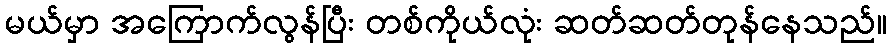
မယ်မှာ အကြောက်လွန်ပြီး တစ်ကိုယ်လုံး ဆတ်ဆတ်တုန်နေသည်။